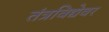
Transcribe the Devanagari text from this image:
तंत्रविद्येवर